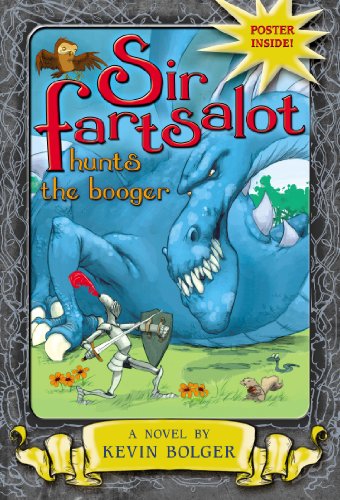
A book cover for Sir Fartsalot Hunts the Booger; Kevin Bolger; Humor & Entertainment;